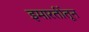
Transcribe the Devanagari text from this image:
इमारतींतून